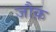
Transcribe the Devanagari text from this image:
जौक़